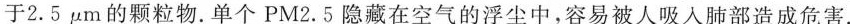
于2.5μm的颗粒物。单个PM2.5隐藏在空气的浮尘中，容易被人吸入肺部造成危害.